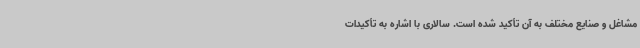
مشاغل و صنایع مختلف به آن تأکید شده است. سالاری با اشاره به تأکیدات